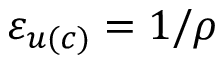
\varepsilon _ { u ( c ) } = 1 / \rho